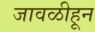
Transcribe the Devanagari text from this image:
जावळीहून